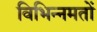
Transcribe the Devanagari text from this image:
विभिन्नमतों